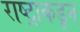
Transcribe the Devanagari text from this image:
राष्ट्राकडून